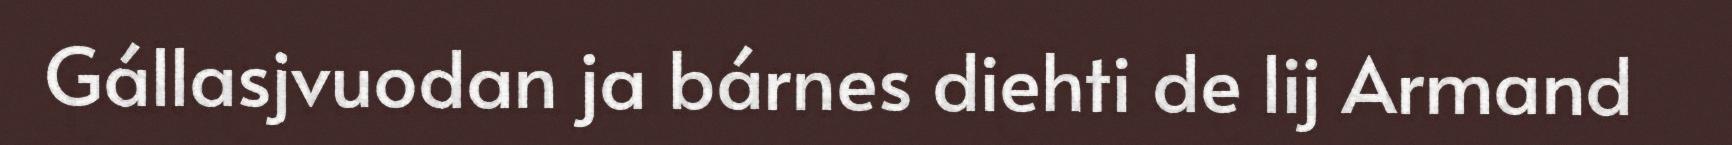
Gállasjvuodan ja bárnes diehti de lij Armand